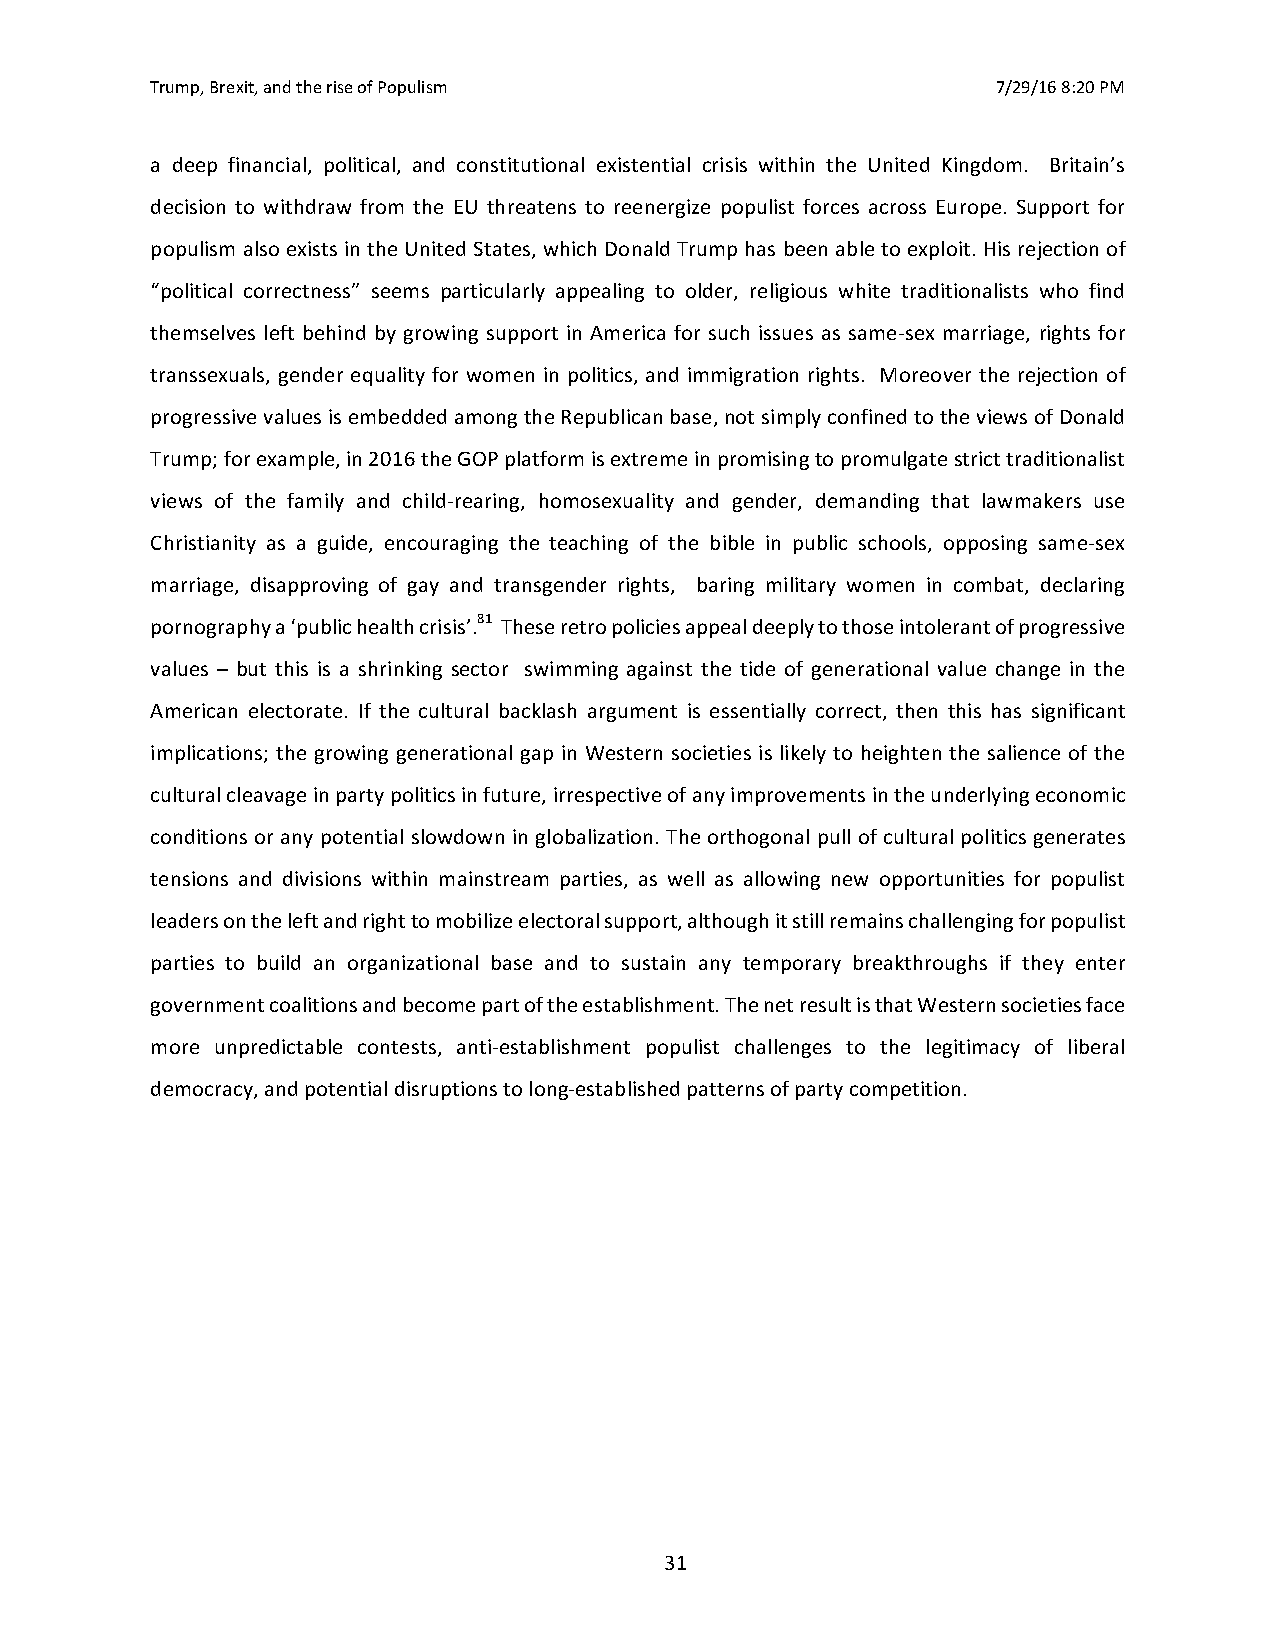
Trump, Brexit, and the rise of Populism                 7/29/16 8:20 PM
 a deep financial, political, and constitutional existential crisis within the United Kingdom. Britain’s
 decision to withdraw from the EU threatens to reenergize populist forces across Europe. Support for
 populism also exists in the United States, which Donald Trump has been able to exploit. His rejection of
 “political correctness” seems particularly appealing to older, religious white traditionalists who find
 themselves left behind by growing support in America for such issues as same-sex marriage, rights for
 transsexuals, gender equality for women in politics, and immigration rights. Moreover the rejection of
 progressive values is embedded among the Republican base, not simply confined to the views of Donald
 Trump; for example, in 2016 the GOP platform is extreme in promising to promulgate strict traditionalist
 views of the family and child-rearing, homosexuality and gender, demanding that lawmakers use
 Christianity as a guide, encouraging the teaching of the bible in public schools, opposing same-sex
 marriage, disapproving of gay and transgender rights, baring military women in combat, declaring
 pornography a ‘public health crisis’.81 These retro policies appeal deeply to those intolerant of progressive
 values – but this is a shrinking sector swimming against the tide of generational value change in the
 American electorate. If the cultural backlash argument is essentially correct, then this has significant
 implications; the growing generational gap in Western societies is likely to heighten the salience of the
 cultural cleavage in party politics in future, irrespective of any improvements in the underlying economic
 conditions or any potential slowdown in globalization. The orthogonal pull of cultural politics generates
 tensions and divisions within mainstream parties, as well as allowing new opportunities for populist
 leaders on the left and right to mobilize electoral support, although it still remains challenging for populist
 parties to build an organizational base and to sustain any temporary breakthroughs if they enter
 government coalitions and become part of the establishment. The net result is that Western societies face
 more unpredictable contests, anti-establishment populist challenges to the legitimacy of liberal
 democracy, and potential disruptions to long-established patterns of party competition.
 31